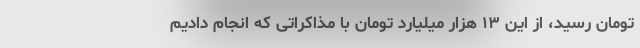
تومان رسید، از این ۱۳ هزار میلیارد تومان با مذاکراتی که انجام دادیم